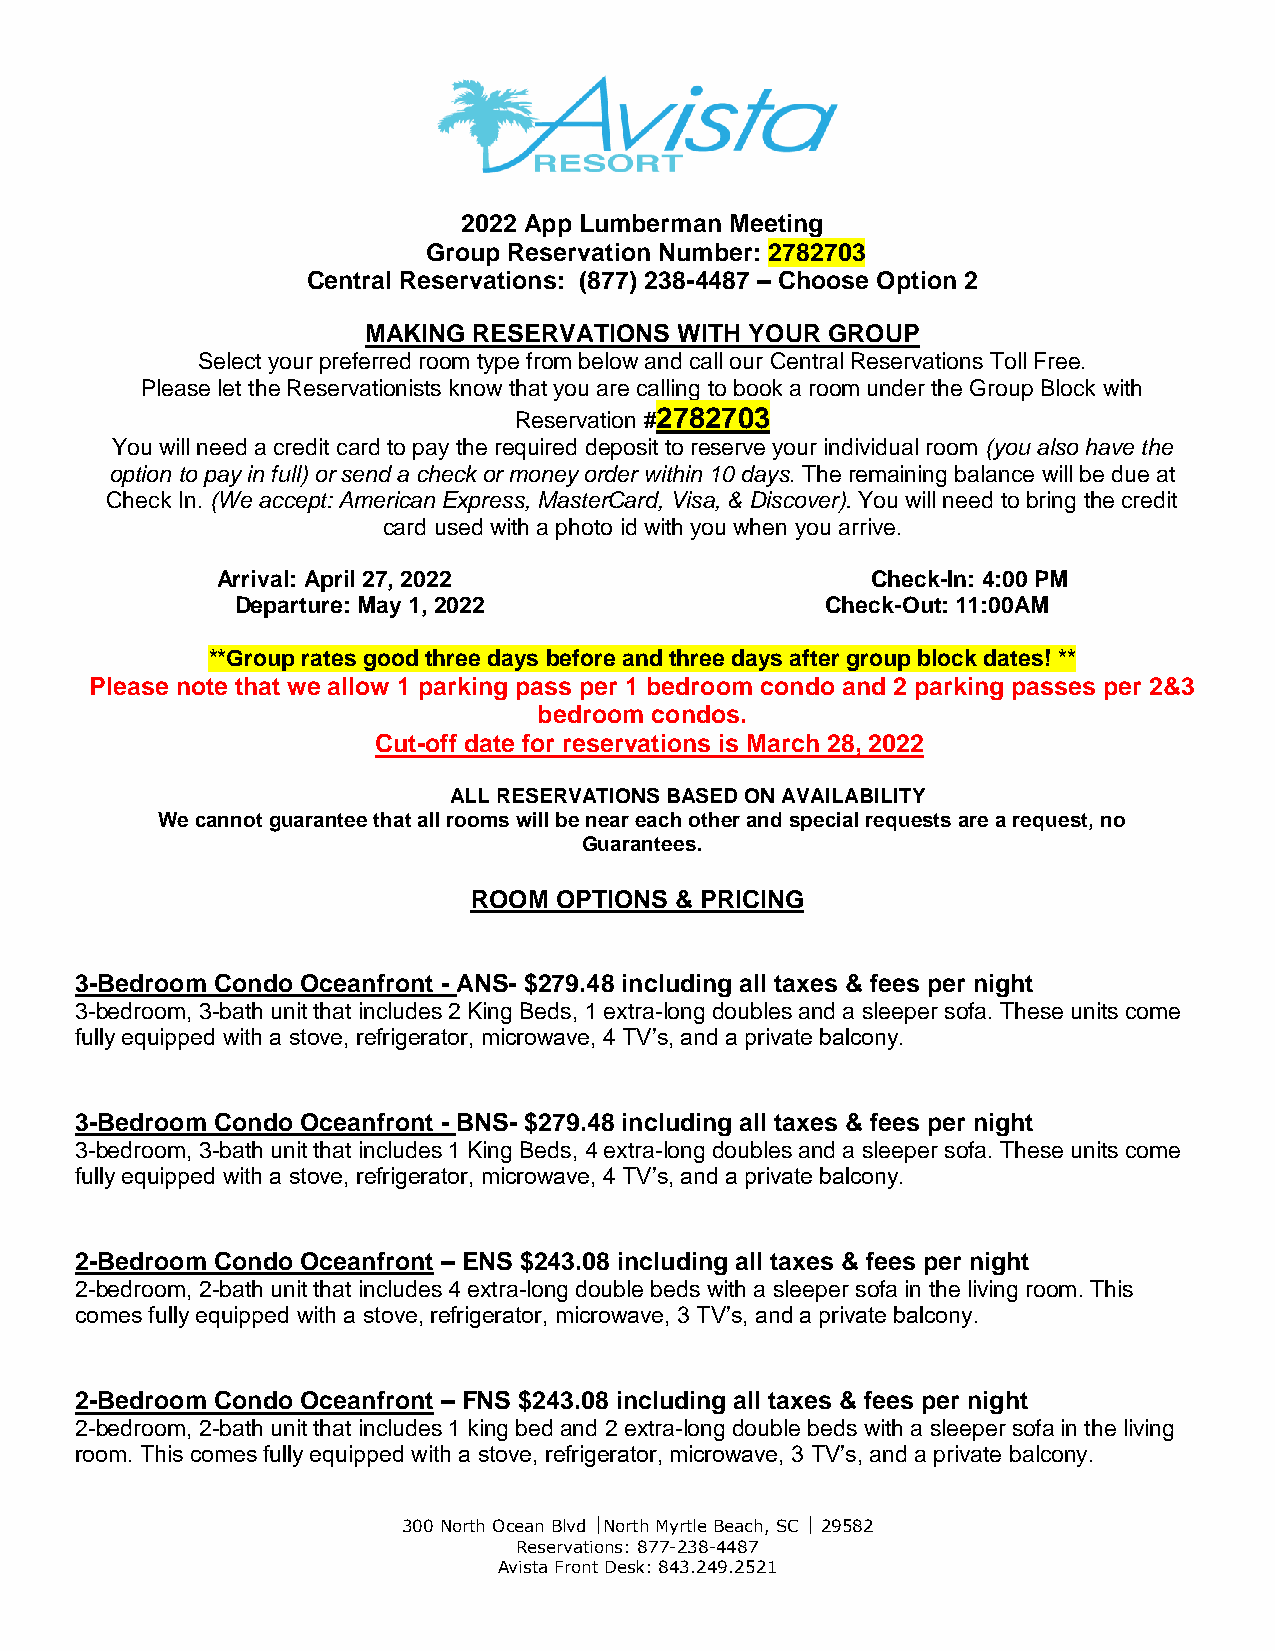
2022 App Lumberman Meeting
 Group Reservation Number: 2782703
 Central Reservations: (877) 238-4487 – Choose Option 2
 MAKING RESERVATIONS  WITH YOUR GROUP
 Select your preferred room type from below and call our Central Reservations Toll Free.
 Please let the Reservationists know that you are calling to book a room under the Group Block with
 Reservation #2782703
 You will need a credit card to pay the required deposit to reserve your individual room (you also have the
 option to pay in full) or send a check or money order within 10 days. The remaining balance will be due at
 Check In. (We accept: American Express, MasterCard, Visa, & Discover). You will need to bring the credit
 card used with a photo id with you when you arrive.
 Arrival: April 27, 2022                     Check-In: 4:00 PM
 Departure: May 1, 2022                 Check-Out: 11:00AM
 **Group rates good three days before and three days after group block dates! **
 Please note that we allow 1 parking pass per 1 bedroom condo and 2 parking passes per 2&3
 bedroom condos.
 Cut-off date for reservations is March 28, 2022
 ALL RESERVATIONS BASED ON AVAILABILITY
 We cannot guarantee that all rooms will be near each other and special requests are a request, no
 Guarantees.
 ROOM  OPTIONS & PRICING
 3-Bedroom Condo Oceanfront - ANS- $279.48 including all taxes & fees per night
 3-bedroom, 3-bath unit that includes 2 King Beds, 1 extra-long doubles and a sleeper sofa. These units come
 fully equipped with a stove, refrigerator, microwave, 4 TV’s, and a private balcony.
 3-Bedroom Condo Oceanfront - BNS- $279.48 including all taxes & fees per night
 3-bedroom, 3-bath unit that includes 1 King Beds, 4 extra-long doubles and a sleeper sofa. These units come
 fully equipped with a stove, refrigerator, microwave, 4 TV’s, and a private balcony.
 2-Bedroom Condo Oceanfront – ENS $243.08 including all taxes & fees per night
 2-bedroom, 2-bath unit that includes 4 extra-long double beds with a sleeper sofa in the living room. This
 comes fully equipped with a stove, refrigerator, microwave, 3 TV’s, and a private balcony.
 2-Bedroom Condo Oceanfront – FNS $243.08 including all taxes & fees per night
 2-bedroom, 2-bath unit that includes 1 king bed and 2 extra-long double beds with a sleeper sofa in the living
 room. This comes fully equipped with a stove, refrigerator, microwave, 3 TV’s, and a private balcony.
 300 North Ocean Blvd North Myrtle Beach, SC  29582
 Reservations: 877-238-4487
 Avista Front Desk: 843.249.2521